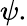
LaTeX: \psi.